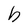
Character: h